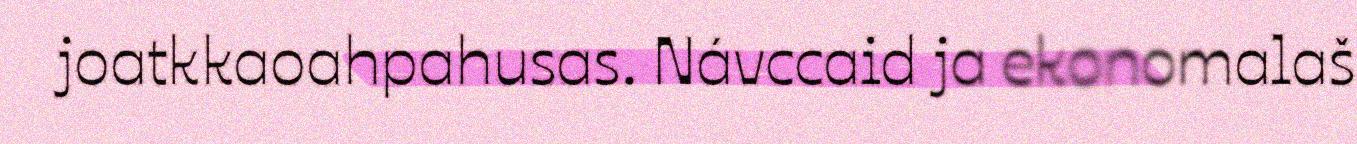
joatkkaoahpahusas. Návccaid ja ekonomalaš